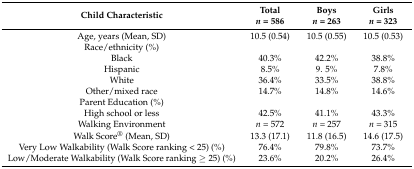
| Child Characteristic | Totaln = 586 | Boysn = 263 | Girlsn = 323 |
 | --- | --- | --- | --- |
 | Age, years (Mean, SD) | 10.5 (0.54) | 10.5 (0.55) | 10.5 (0.53) |
 | Race/ethnicity (%) |  |  |  |
 | Black | 40.3% | 42.2% | 38.8% |
 | Hispanic | 8.5% | 9. 5% | 7.8% |
 | White | 36.4% | 33.5% | 38.8% |
 | Other/mixed race | 14.7% | 14.8% | 14.6% |
 | Parent Education (%) |  |  |  |
 | High school or less | 42.5% | 41.1% | 43.3% |
 | Walking Environment | n = 572 | n = 257 | n = 315 |
 | Walk Score® (Mean, SD) | 13.3 (17.1) | 11.8 (16.5) | 14.6 (17.5) |
 | Very Low Walkability (Walk Score ranking < 25) (%) | 76.4% | 79.8% | 73.7% |
 | Low/Moderate Walkability (Walk Score ranking ≥ 25) (%) | 23.6% | 20.2% | 26.4% |